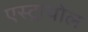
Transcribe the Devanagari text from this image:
एस्ट्रायोल